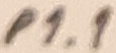
Text: P1.1